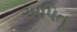
અપિતૂ